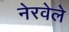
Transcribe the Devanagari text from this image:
नेरवेले